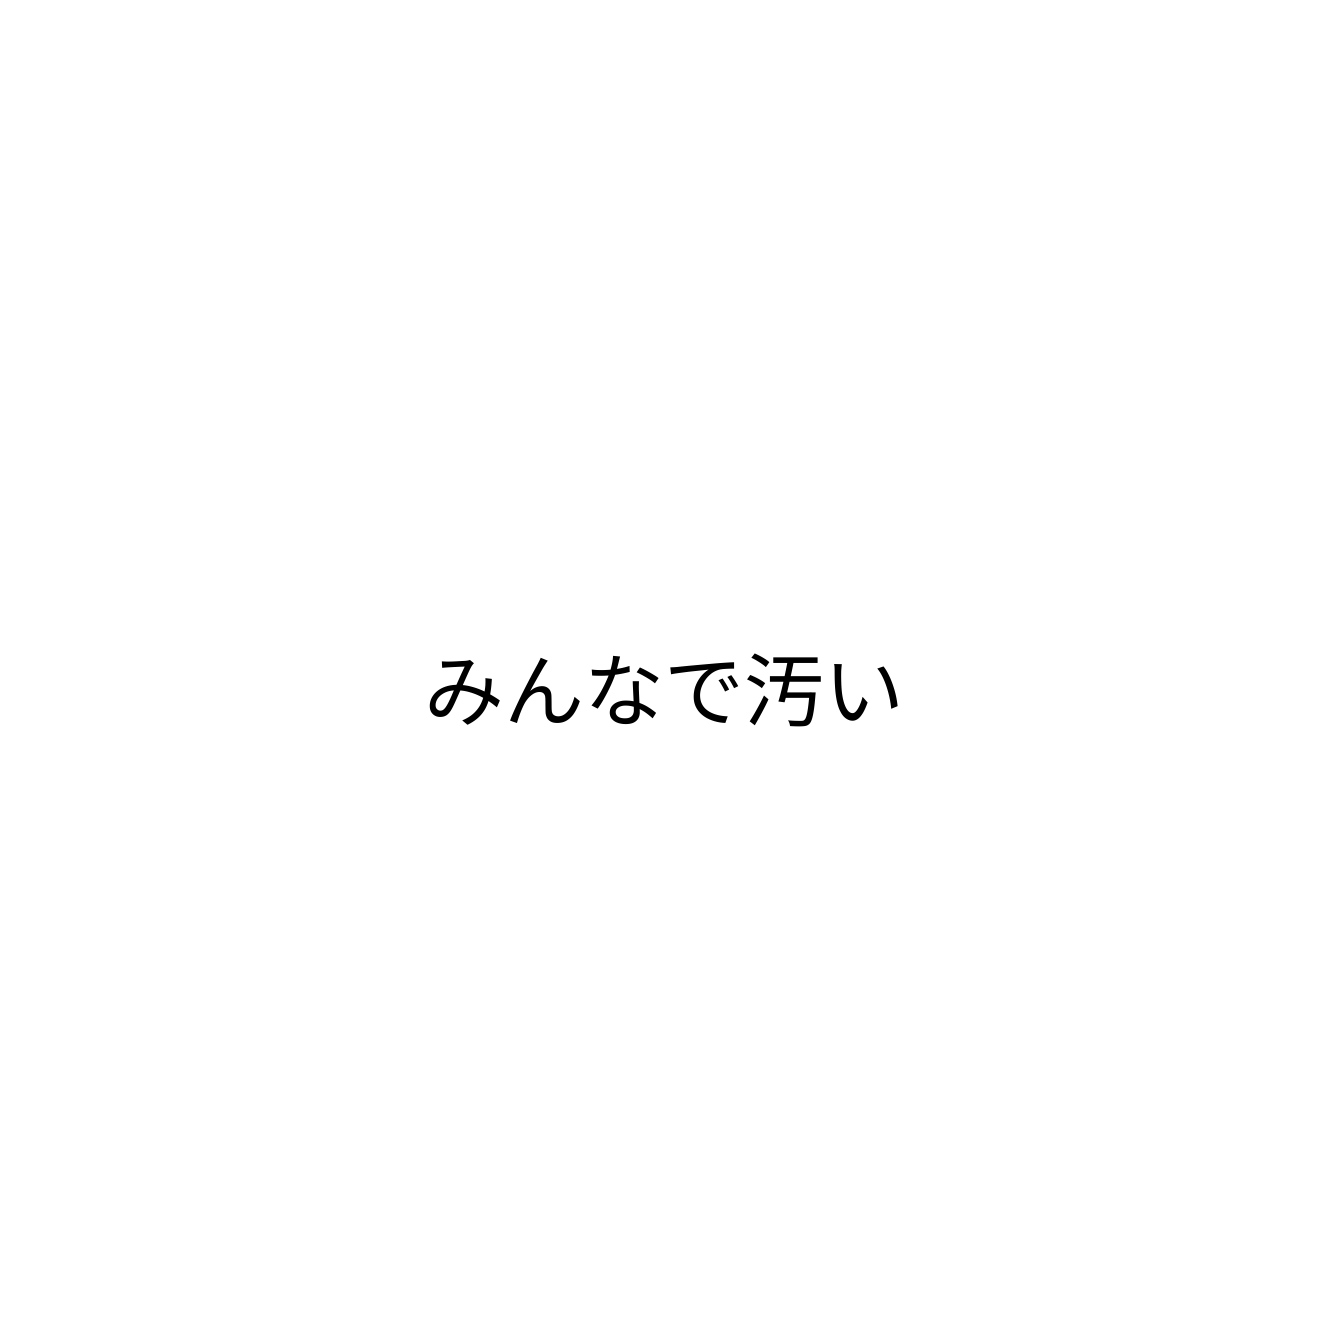
みんなで汚い